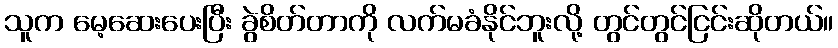
သူက မေ့ဆေးပေးပြီး ခွဲစိတ်တာကို လက်မခံနိုင်ဘူးလို့ တွင်တွင်ငြင်းဆိုတယ်။